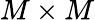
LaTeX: M\times M